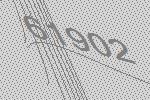
61902